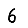
Digit: 6